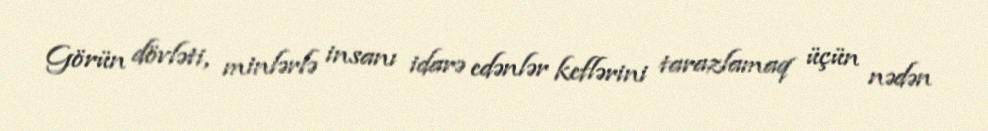
Görün dövləti, minlərlə insanı idarə edənlər keflərini tarazlamaq üçün nədən